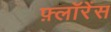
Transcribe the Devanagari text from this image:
फ़्लॉरेंस